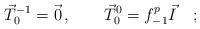
LaTeX: \begin{align*}\vec T_0^{-1}=\vec 0\, ,\qquad\vec T_0^0=f_{-1}^p \vec I\quad;\end{align*}